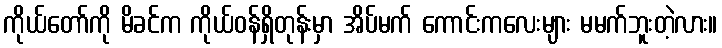
ကိုယ်တော်ကို မိခင်က ကိုယ်ဝန်ရှိတုန်းမှာ အိပ်မက် ကောင်းကလေးများ မမက်ဘူးတဲ့လား။